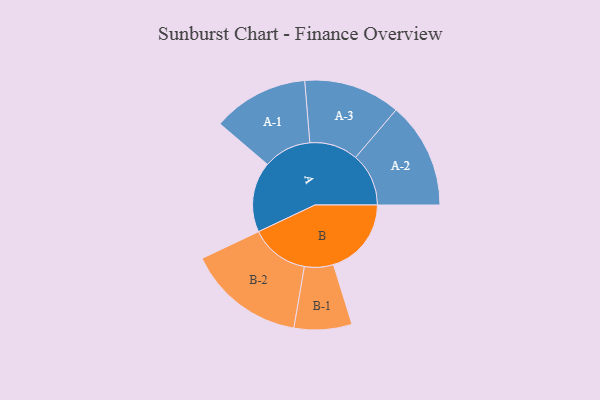
{"axis": {"x": "Segment", "y": "Value"}, "legend": ["", "A", "B"], "data": [{"x": "A", "y": 329, "type": ""}, {"x": "B", "y": 364, "type": ""}, {"x": "A-1", "y": 224, "type": "A"}, {"x": "A-2", "y": 248, "type": "A"}, {"x": "A-3", "y": 226, "type": "A"}, {"x": "B-1", "y": 135, "type": "B"}, {"x": "B-2", "y": 275, "type": "B"}]}